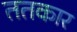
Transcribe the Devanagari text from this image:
ततकार